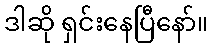
ဒါဆို ရှင်းနေပြီနော်။